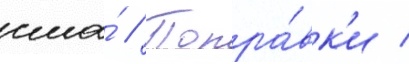
сша́ // Попра́вк'и /